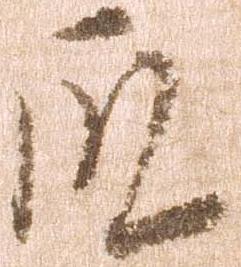
殿